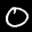
Label: 0